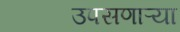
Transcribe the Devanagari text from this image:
उपसणाऱ्या